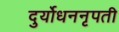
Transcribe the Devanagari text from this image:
दुर्योधननृपती